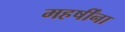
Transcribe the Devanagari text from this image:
महर्षींना